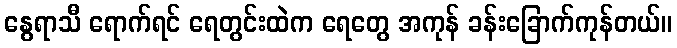
နွေရာသီ ရောက်ရင် ရေတွင်းထဲက ရေတွေ အကုန် ခန်းခြောက်ကုန်တယ်။